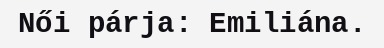
Női párja: Emiliána.